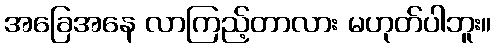
အခြေအနေ လာကြည့်တာလား မဟုတ်ပါဘူး။